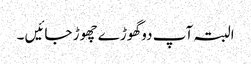
البتہ آپ دو گھوڑے چھوڑ جائیں ۔